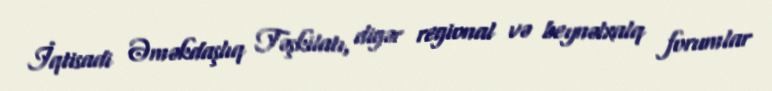
İqtisadi Əməkdaşlıq Təşkilatı, digər regional və beynəlxalq forumlar